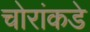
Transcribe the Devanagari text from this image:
चोरांकडे